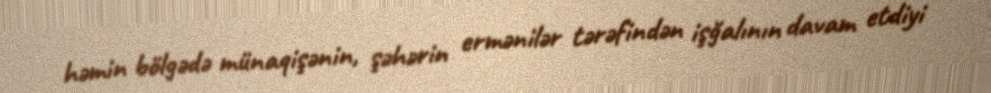
həmin bölgədə münaqişənin, şəhərin ermənilər tərəfindən işğalının davam etdiyi